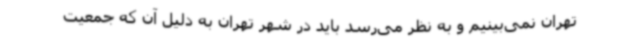
تهران نمی‌بینیم و به نظر می‌رسد باید در شهر تهران به دلیل آن که جمعیت